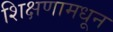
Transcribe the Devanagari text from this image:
शिक्षणामधून